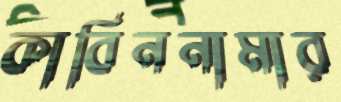
কাবিননামার